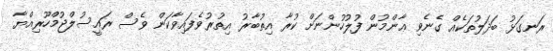
ރަނގަޅު ބަދަލުތަކެއް ގެނެވި ޢާންމުން ފުލުހުންނަށް ކުރާ އިތުބާރު އިތުރުވެފައިވާކަން ވެސް ރައީސުލްޖުމްހޫރިއްޔާ